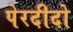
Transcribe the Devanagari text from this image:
पेरदीदो